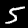
Digit: 5